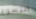
اليسوع